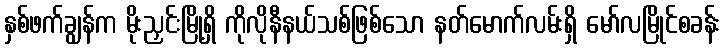
နှစ်ဖက်ချွန်က မိုးညှင်းမြို့ရှိ ကိုလိုနီနယ်သစ်ဖြစ်သော နတ်မောက်လမ်းရှိ မော်လမြိုင်စခန်း